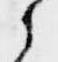
之